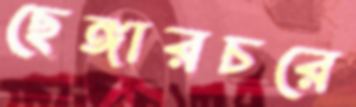
ছেঙ্গারচরে